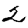
Digit: 2